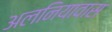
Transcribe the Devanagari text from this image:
अलनियावास